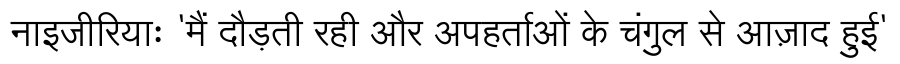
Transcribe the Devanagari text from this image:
नाइजीरियाः 'मैं दौड़ती रही और अपहर्ताओं के चंगुल से आज़ाद हुई'